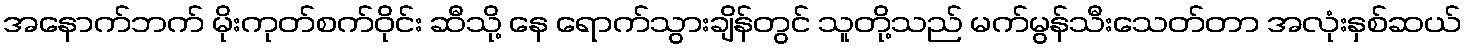
အနောက်ဘက် မိုးကုတ်စက်ဝိုင်း ဆီသို့ နေ ရောက်သွားချိန်တွင် သူတို့သည် မက်မွန်သီးသေတ်တာ အလုံးနှစ်ဆယ်